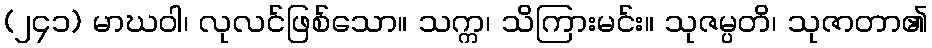
(၂၄၁) မာဃဝါ၊ လုလင်ဖြစ်သော။ သက္က၊ သိကြားမင်း။ သုဇမ္ပတိ၊ သုဇာတာ၏